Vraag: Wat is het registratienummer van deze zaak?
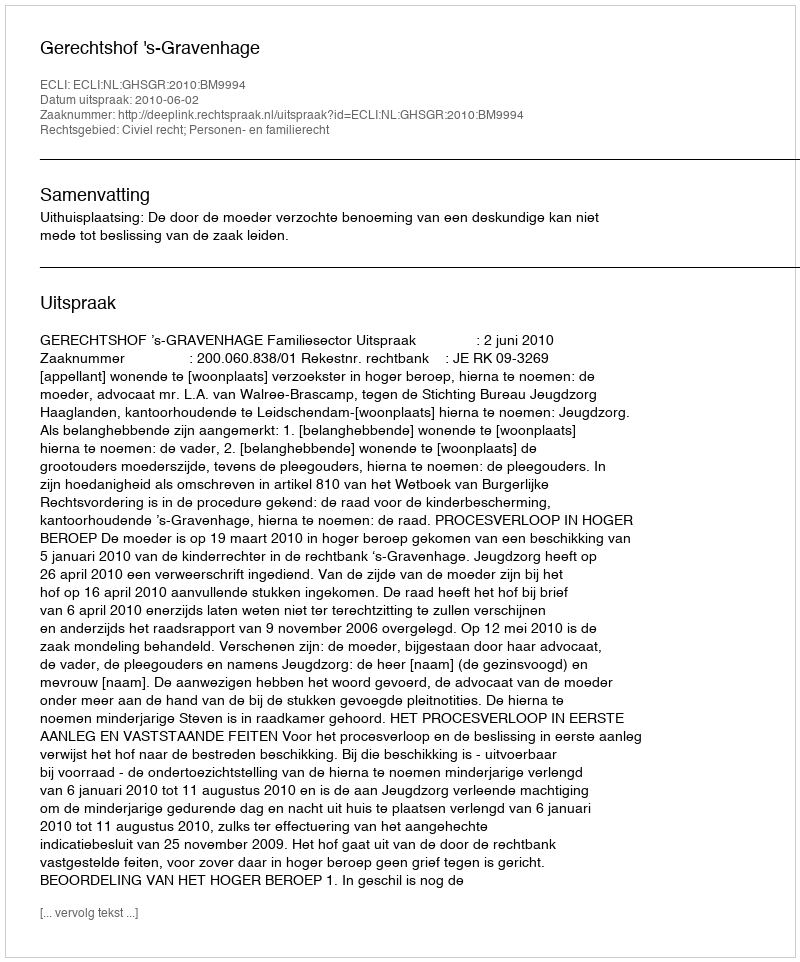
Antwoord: http://deeplink.rechtspraak.nl/uitspraak?id=ECLI:NL:GHSGR:2010:BM9994